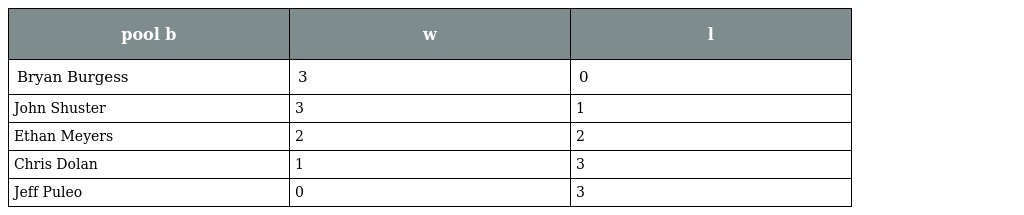
| pool b | w | l |
 | --- | --- | --- |
 | Bryan Burgess | 3 | 0 |
 | John Shuster | 3 | 1 |
 | Ethan Meyers | 2 | 2 |
 | Chris Dolan | 1 | 3 |
 | Jeff Puleo | 0 | 3 |